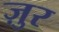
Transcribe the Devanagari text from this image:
ज़ुर